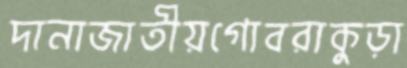
দানাজাতীয়গোবরাকুড়া